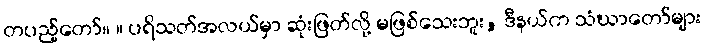
တပည့်တော်။ ။ ပရိသတ်အလယ်မှာ ဆုံးဖြတ်လို့ မဖြစ်သေးဘူး, ဒီနယ်က သံဃာတော်များ